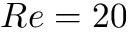
R e = 2 0